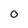
Character: 0